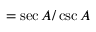
= { \sec A / \csc A }